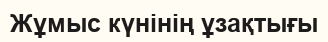
Жұмыс күнінің ұзақтығы